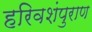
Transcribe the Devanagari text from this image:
हरिवशंपुराण